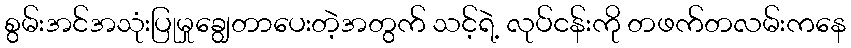
စွမ်းအင်အသုံးပြုမှုချွေတာပေးတဲ့အတွက် သင့်ရဲ့ လုပ်ငန်းကို တဖက်တလမ်းကနေ